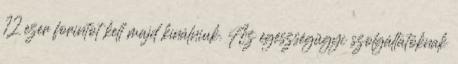
12 ezer forintot kell majd kínálniuk. Az egészségügyi szolgáltatóknak